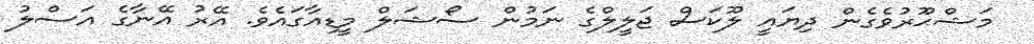
މަޝްޙޫރުވެގެން ދިޔައީ ލޫކަސް ޖަލީލްގެ ނަމުން ސޯޝަލް މީޑިއާގައެވެ. އޭރު އޭނާގެ އަސްލު